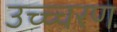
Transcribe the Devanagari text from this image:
उच्च्चरण